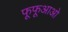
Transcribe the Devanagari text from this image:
फूफूआओ